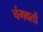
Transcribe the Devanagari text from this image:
चंगवतों